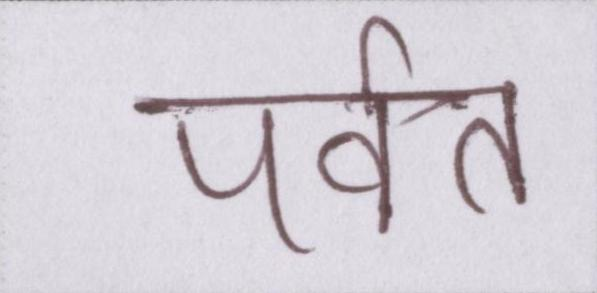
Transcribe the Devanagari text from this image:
पर्वत